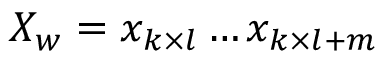
X _ { w } = x _ { k \times l } \dots x _ { k \times l + m }